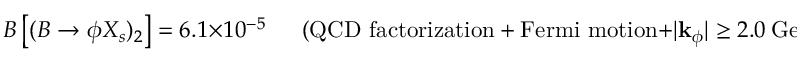
{ \cal B } \left[ ( B \to \phi X _ { s } ) _ { 2 } \right] = 6 . 1 \times 1 0 ^ { - 5 } ~ ~ ~ ~ ~ ~ ~ ( \mathrm { Q C D ~ f a c t o r i z a t i o n + F e r m i ~ m o t i o n + } | { \bf k } _ { \phi } | \geq 2 . 0 ~ \mathrm { G e V } ) .